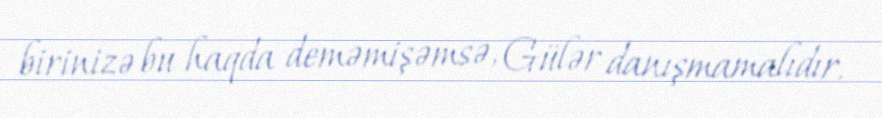
birinizə bu haqda deməmişəmsə, Gülər danışmamalıdır.